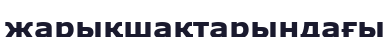
жарықшақтарындағы